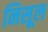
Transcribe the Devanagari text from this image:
निसूल